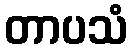
တာပသံ